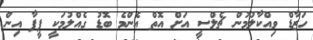
ހަޒާޑް ވިއްކާލުމުން ޗެލްސީ އަށް އޮތް އެންމެ ބޮޑު ގެއްލުމަކީ ފީފާ އިން